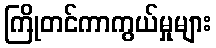
ကြိုတင်ကာကွယ်မှုများ